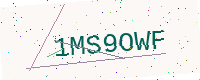
Text: 1MS9OWF